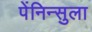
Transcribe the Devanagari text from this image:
पेंनिन्सुला